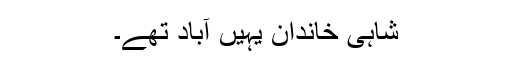
شاہی خاندان یہیں آباد تھے۔